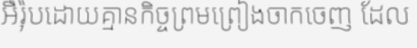
អឺរ៉ុបដោយគ្មានកិច្ចព្រមព្រៀងចាកចេញ ដែល